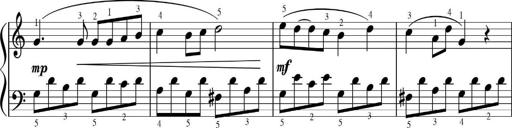
Title: Sonatinas
Composer: Andrew Violette